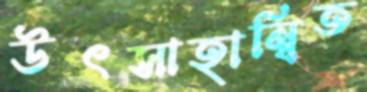
উৎসাহান্বিত